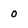
Character: 0